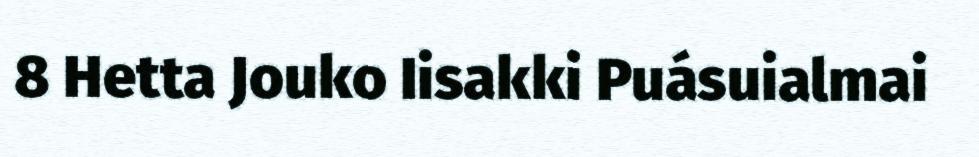
8 Hetta Jouko Iisakki Puásuialmai